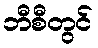
ဘီစီတွင်